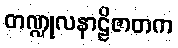
တဏ္ဍုလနာဠိဇာတက